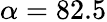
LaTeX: \alpha=82.5